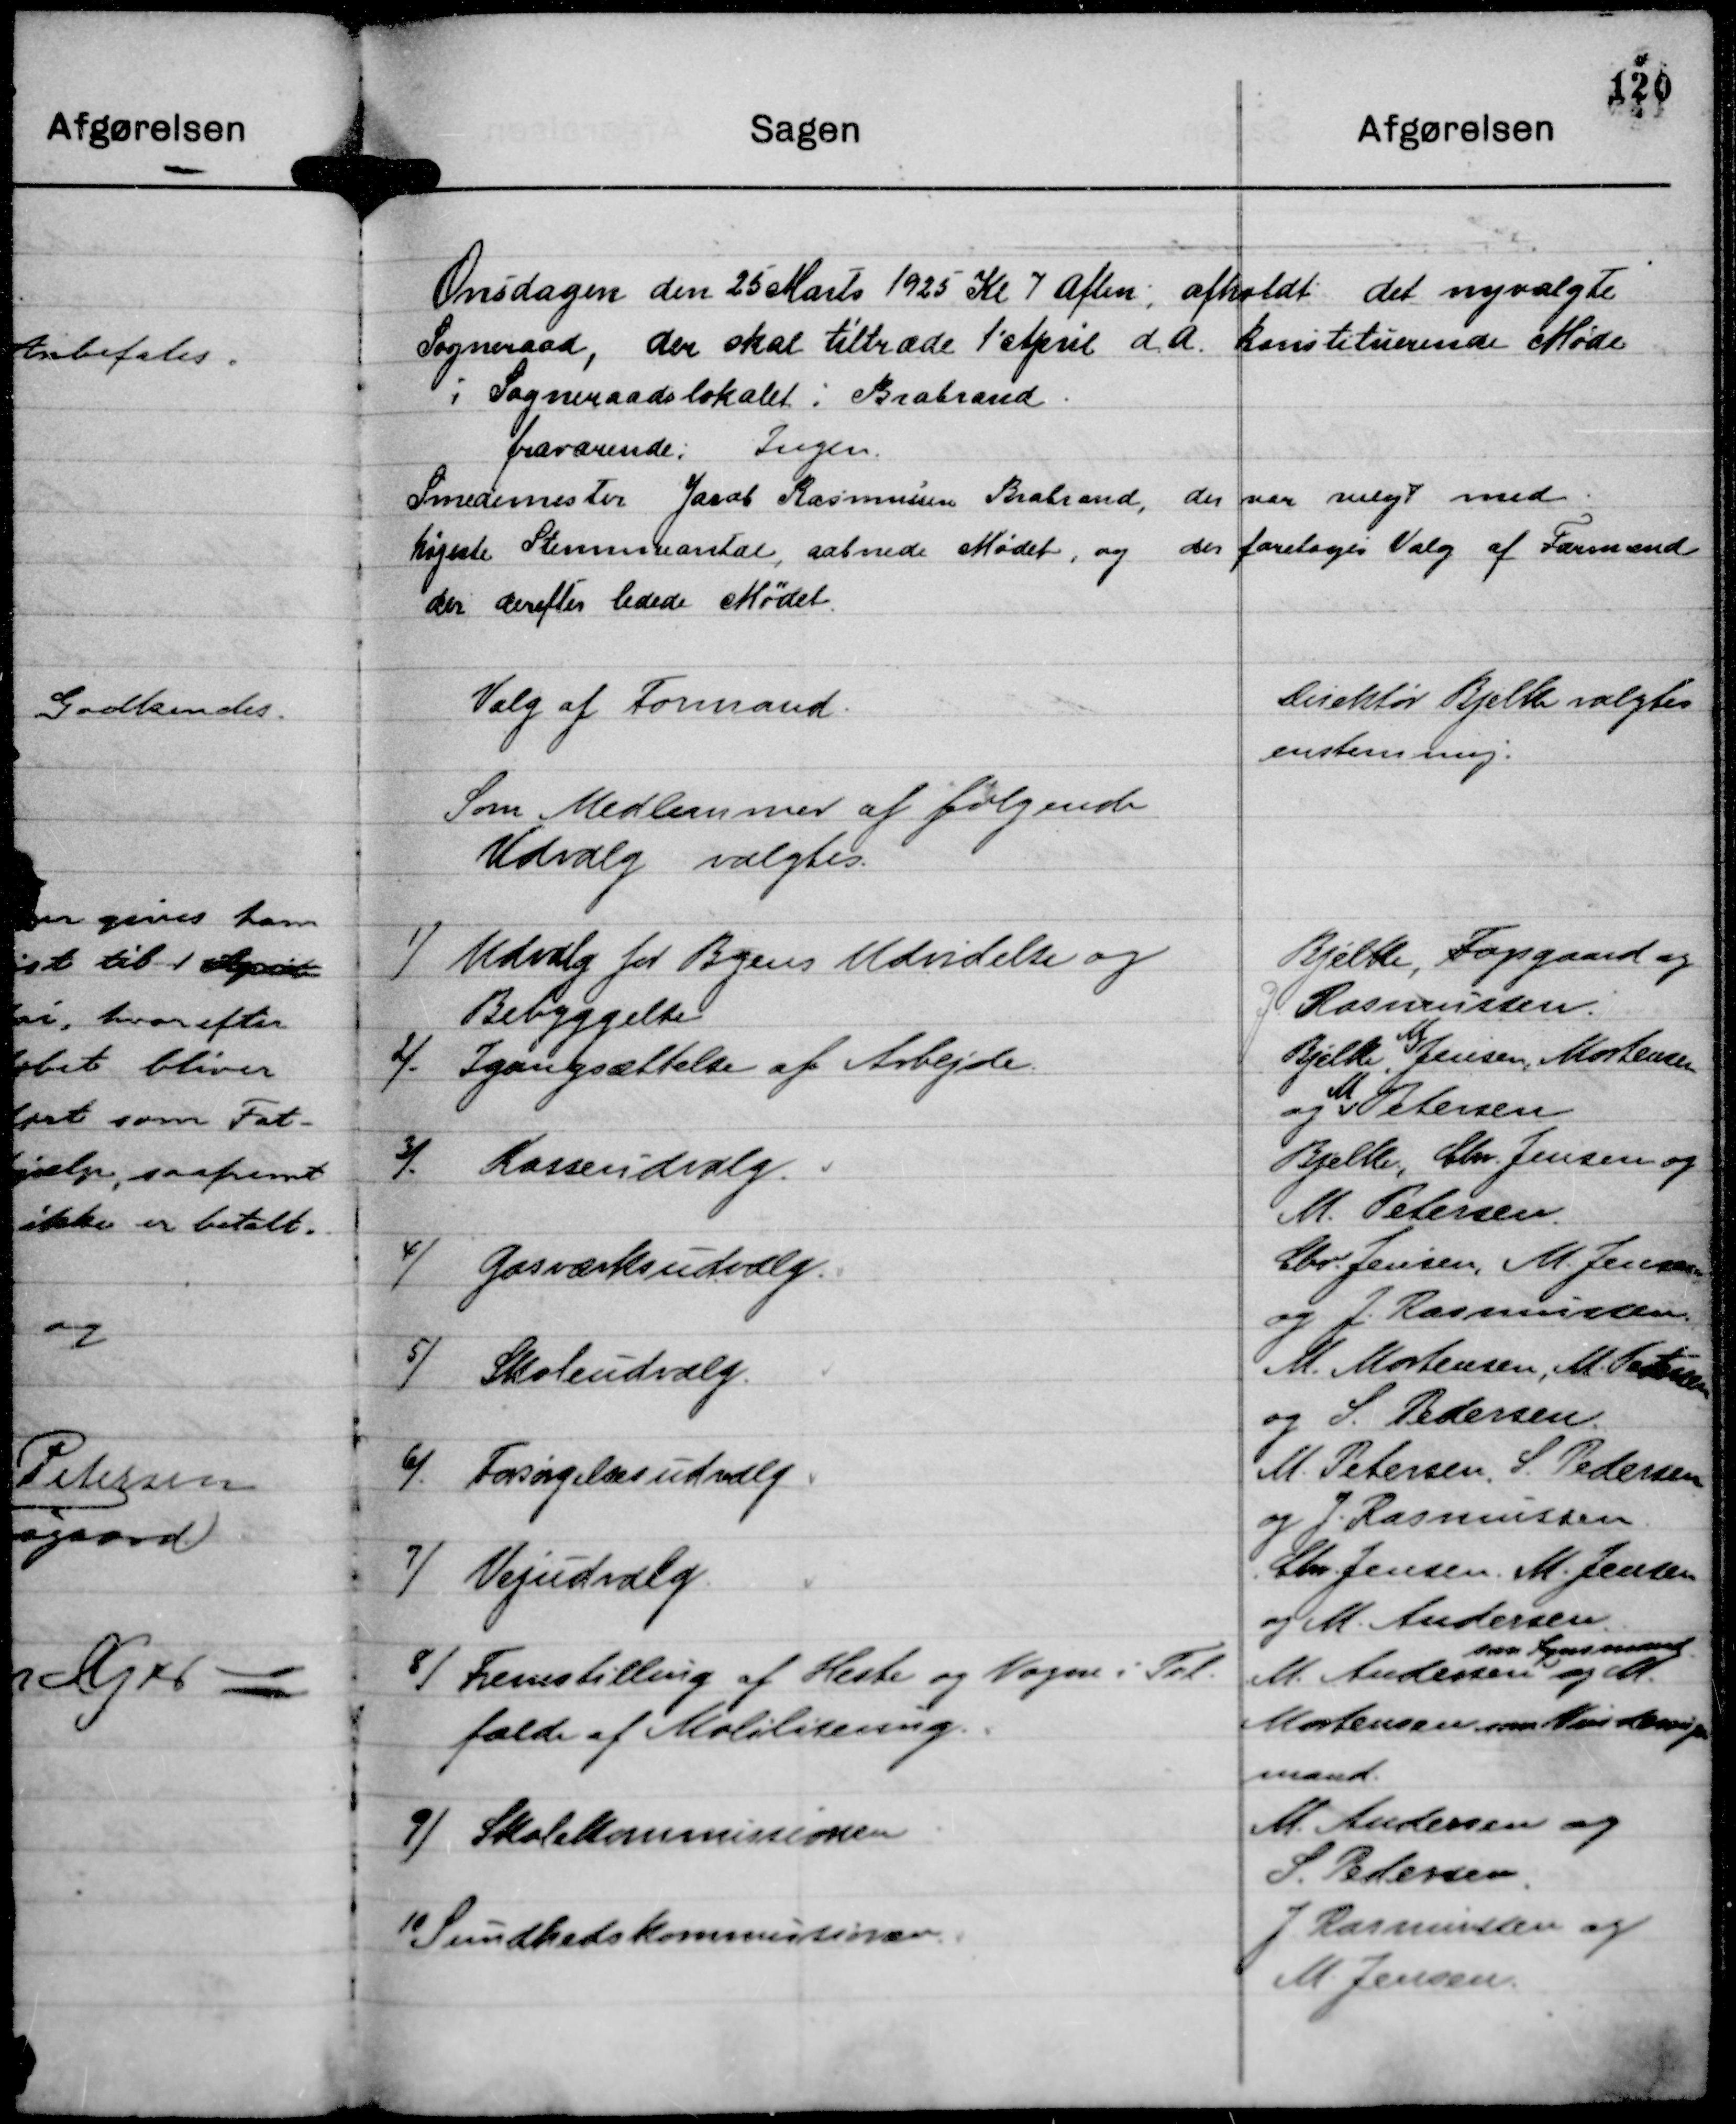
Transskription:
Onsdagen den 25 Marts 1925 Kl 7 Aften; afholdt det nyvalgte
Sogneraad, der skal tiltræde 1' April d. A. konstituerende Møde
i Sogneraadslokalet i Brabrand.
fraværende: Ingen.
Smedemester Jacob Rasmussen Brabrand, der var valgt med
højeste Stemmeantal, aabnede Mødet. og der foretoges Valg af Formand
der derefter ledede Mødet.

Valg af Formand.

Direktør Bjelke valgtes
enstemmig:

Som Medlemmer af følgende
Udvalg valgtes.